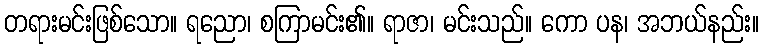
တရားမင်းဖြစ်သော။ ရညော၊ စကြာမင်း၏။ ရာဇာ၊ မင်းသည်။ ကော ပန၊ အဘယ်နည်း။